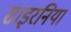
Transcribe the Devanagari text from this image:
साइरनिया